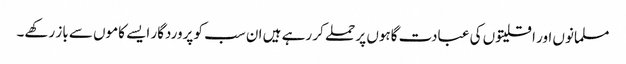
مسلمانوں اور اقلیتوں کی عبادت گاہوں پر حملے کر رہے ہیں ان سب کو پروردگار ایسے کاموں سے باز رکھے۔